Triennial report on the lunatic asylums in the province of Eastern Bengal and Assam - 1903-1911
Year: 1903
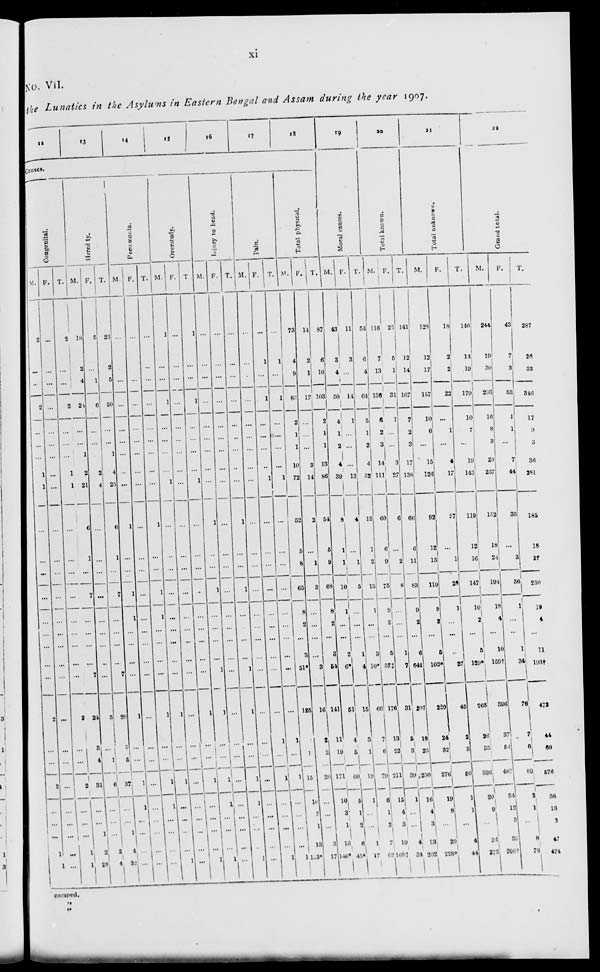
xi
No. VII.
The Lunatics in the Asylums in Eastern Bengal and Assam during the year 1907.
12
13
14
15 16 17 18
Causes.
Congenital.
M.
2
...
...
2
...
...
...
1
1
...
...
...
...
...
...
...
...
...
2
...
...
2
...
...
...
1
1
F.
...
...
...
...
...
...
...
...
...
...
...
...
...
...
...
...
...
...
...
...
...
...
...
...
...
...
...
T.
2
...
...
2
...
...
...
1
1
...
...
...
...
...
...
...
...
...
2
...
...
2
...
...
...
1
1
Heredity.
M.
18
2
4
24
...
...
1
2
21
6
1
...
7
...
...
...
...
7
24
3
4
31
...
...
1
2
28
F.
5
...
1
6
...
...
...
2
4
...
...
...
...
...
...
...
...
...
5
...
1
6
...
...
...
2
4
T.
23
2
5
30
...
...
1
4
25
6
1
...
7
...
...
...
...
7
29
3
5
37
...
...
1
4
32
Pneumonia.
M.
...
...
...
...
...
...
...
...
...
1
...
...
1
1
...
...
...
...
1
...
...
1
1
...
...
...
...
F.
...
...
...
...
...
...
...
...
...
...
...
...
...
...
...
...
...
...
...
...
...
...
...
...
...
...
...
T.
...
...
...
...
...
...
...
...
...
1
...
...
1
1
...
...
...
...
1
...
...
1
1
...
...
...
...
Overstudy.
M.
1
...
...
1
...
...
...
...
1
...
...
...
...
...
...
...
...
...
1
...
...
1
...
...
...
...
1
F.
...
...
...
...
...
...
...
...
...
...
...
...
...
...
...
...
...
...
...
...
... ...
...
...
...
...
...
T.
1
...
...
1
...
...
...
...
1
...
...
...
...
...
...
...
...
...
1
...
...
1
...
...
...
...
1
Injury to head.
M.
...
...
...
...
...
...
...
...
...
1
...
...
1
...
...
...
...
1
1
...
...
1
1
...
...
...
1
F.
...
...
...
...
...
...
...
...
...
...
...
...
...
...
...
...
...
...
...
...
...
...
...
...
...
...
...
T.
...
...
...
...
...
...
...
...
...
1
...
...
1
...
...
...
...
1
1
...
...
1
1
...
...
...
1
Pain.
M.
...
...
...
...
...
...
...
...
...
...
...
...
...
...
...
...
...
...
...
...
...
...
...
...
...
...
...
F.
...
1
...
1
...
...
...
...
1
...
...
...
...
...
...
...
...
...
...
1
...
1
...
...
...
...
1
T.
...
1
...
1
...
...
...
...
1
...
...
...
...
...
...
...
...
...
...
1
...
1
...
...
...
...
1
Total physical.
M.
73
4
9
86
2
1
1
10
72
52
6
8
65
8
2
...
3
51*
125
9
17
151
10
3
1
13
123*
F.
14
2
1
17
...
...
...
3
14
2
...
1
3
...
...
...
...
3
16
2
2
20
...
...
...
3
17
T.
87
6
10
103
2
1
1
13
86
54
6
9
68
8
2
...
3
54
141
11
19
171
10
3
1
16
140*
19
Moral causes.
M.
43
3
4
50
4
1
2
4
39
8
1
1
10
1
...
...
2
6*
51
4
5
60
5
1
2
6
45*
F.
11
3
...
14
1
...
...
...
13
4
...
1
5
...
...
...
1
4
15
3
1
19
1
...
...
1
17
T.
54
6
4
64
5
1
2
4
52
12
1
2
15
1
...
...
3
10*
66
7
6
79
6
1
2
7
62
20
Total known.
M.
116
7
13
136
6
2
3
14
111
60
6
9
75
9
2
...
5
57‡
176
13
22
211
15
4
3
19
168‡
F.
27
5
1
31
1
...
3
27
6
...
2
8
...
...
...
1
7
31
5
3
39
1
...
...
4
34
T.
143
12
14
167
7
2
3
17
138
66
6
11
83
9
2
...
6
64‡
207
18
25
250
16
4
3
23
202
21
Total unknown.
M.
128
12
17
157
10
6
...
15
126
92
12
15
119
9
2
...
5
102*
220
24
32
276
19
8
...
20
228*
F.
18
2
2
22
. . .
1
...
4
17
27
...
1
28
1
...
...
...
27
45
2
3
50
1
1
...
4
44
T.
146
14
19
179
10
7
...
19
143
119
12
16
147
10
2
...
5
129*
265
26
35
326
20
9
...
24
272
22
Grand total.
M.
244
19
30
293
16
8
3
29
237
152
18
24
194
18
4
...
10
159†
396
37
54
487
34
12
3
39
396*
F.
43
7
3
53
1
1
...
7
44
33
...
3
36
1
...
...
1
34
76
7
6
89
2
1
...
8
78
T.
287
26
33
346
17
9
3
36
281
185
18
27
230
19
4
...
11
193†
472
44
60
576
36
13
3
47
474
escaped.
„
„